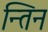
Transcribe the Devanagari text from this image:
न्तिन